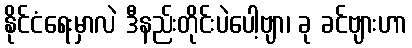
နိုင်ငံရေးမှာလဲ ဒီနည်းတိုင်းပဲပေါ့ဗျာ၊ ခု ခင်ဗျားဟာ